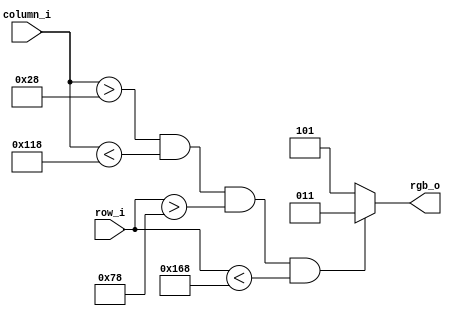
module rgb_ecran1(                      //cel cu chenarul cyan si spate magenta
// lista de porturi

output 	  [2:0] rgb_o,						// se pune reg daca folosim always
input 		[9:0] row_i,	          // era [8:0]  // horizontal
input 		[9:0] column_i		                    // vertical
);



 
// lista parametrii interni
localparam x1     = 120	  ;				//prima treime din imagine(limita)	x1=640/3			//sau parameter dar poate fii schimbat din afara  
localparam x2     = 360   ;				//a doua treime din imagine (limita)
// x1 si x2 sunt pentru coloane, sa stiu de unde incepe cubul pe inaltime si unde se termina
localparam x3     = 40    ;
localparam x4     = 280   ;
// x3 si x4 sunt pentru latime


//// Try2
localparam point1     = 40   ; // lugime

localparam point2     = 280  ; // 240 + 40 
localparam point3     = 640  ; //restul de 360
// Mai importante
localparam point4     = 120  ; // intaltime
localparam point5     = 360  ;
localparam point6     = 480  ;
//// End Try2

//culori
localparam GREEN     = 3'b010;
localparam RED	     = 3'b100;
localparam BLUE	     = 3'b001;
localparam MAGENTA   = 3'b101;
localparam CYAN      = 3'b011;
		

  
// lista semnale interne
// N/A


//COD

//always @ (*)													// * steluta le pune pe toate dar trebuie sa fie de tip reg
//if ((column > x1) & (column < x2)) rgb_o = RED; else
//rgb_o = GREEN;


//cubul cyan incepe de la 120 si se termina la 360 pe inaltime/coloana
//cubul cyan incepe de la 40 si se ternina la 280 pe latime/row
// if = ?
// : = else

assign rgb_o = (column_i > point1 && column_i < point2 && row_i > point4 && row_i <point5) ? CYAN :
                MAGENTA;

// always @ (*)
// begin 
//   ///////////////////////////// Sectiunea 1 ///////////////////////////////
//   if (column_i < point4 )   // col < 120
//     begin
//       rgb_o = MAGENTA;
//     end 
//   ///////////////////////////// Sfarsit Sectiunea 1 ///////////////////////////////

//   ///////////////////////////// Sectiunea 2 ///////////////////////////////
//   else if ( column_i >= point4 && column_i < point5 ) // col >= 120 && col < 360
//     begin
//       if (row_i < point1) // row <40
//        begin
//         rgb_o = MAGENTA;
//        end
//       else if (row_i >= point1 && row_i < point2) // row >= 40 && row < 240
//         begin
//           rgb_o = CYAN;
//         end
//       else if (row_i >= point2 && row_i < point3) // row >= 240 && row < 640
//         begin
//           rgb_o = MAGENTA;
//         end
//     end
//   ///////////////////////////// Sfarsit Sectiunea 2 ///////////////////////////////
// end // end alwayss





//PSEUDO COD + EXPLICATII
 
//for i = 0 : i < 480 : i++ 			// for each line
  //for j = 0 ; j < 640 ; j++ 		// for each pixel (column)

//if (column < x1) rgb_o = GREEN; else
//if ((column > x1) & (column < x2)) rgb_o = RED; else
//if (column > x2 )rgb_o = GREEN;

//sau

//if ((column > x1) & (column < x2)) rgb_o = RED; else
//rgb_o = GREEN

//sau 

// if (column < x1) rgb_o = GREEN; else
// if ((column > x1) & (column < x2)) rgb_o = RED; else
// rgb_o = GREEN;

endmodule